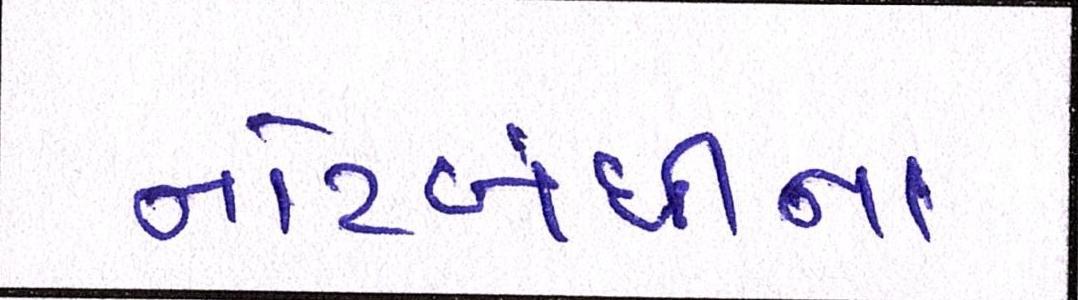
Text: નોટબંધીના